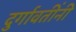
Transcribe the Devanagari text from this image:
दुर्गावतींनी